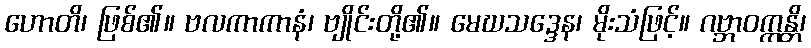
ဟောတိ၊ ဖြစ်၏။ ဗလကာကာနံ၊ ဗျိုင်းတို့၏။ မေဃသဒ္ဒေန၊ မိုးသံဖြင့်။ ဂဗ္ဘာဝက္ကန္တိ၊